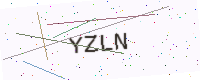
Text: YZLN